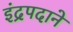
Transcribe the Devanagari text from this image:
इंद्रपदाने